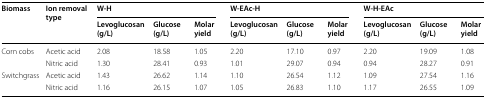
| <ROWSPAN=2> Biomass | <ROWSPAN=2> Ion removal type | <COLSPAN=3> W-H | <COLSPAN=3> W-EAc-H | <COLSPAN=3> W-H-EAc |
 | Levoglucosan (g/L) | Glucose (g/L) | Molar yield | Levoglucosan (g/L) | Glucose (g/L) | Molar yield | Levoglucosan (g/L) | Glucose (g/L) | Molar yield |
 | --- | --- | --- | --- | --- | --- | --- | --- | --- | --- | --- |
 | <ROWSPAN=2> Corn cobs | Acetic acid | 2.08 | 18.58 | 1.05 | 2.20 | 17.10 | 0.97 | 2.20 | 19.09 | 1.08 |
 | Nitric acid | 1.30 | 28.41 | 0.93 | 1.01 | 29.07 | 0.94 | 0.94 | 28.27 | 0.91 |
 | <ROWSPAN=2> Switchgrass | Acetic acid | 1.43 | 26.62 | 1.14 | 1.10 | 26.54 | 1.12 | 1.09 | 27.54 | 1.16 |
 | Nitric acid | 1.16 | 26.15 | 1.07 | 1.05 | 26.83 | 1.10 | 1.17 | 26.55 | 1.09 |